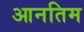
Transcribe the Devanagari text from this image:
आनतिम